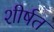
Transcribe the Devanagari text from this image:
शीर्षत